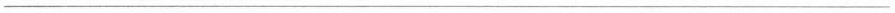
___